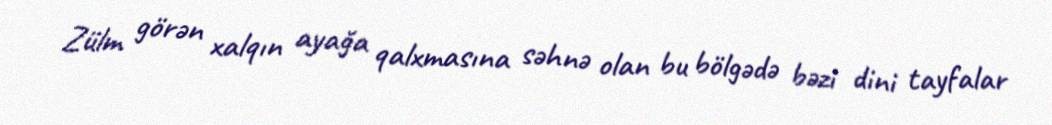
Zülm görən xalqın ayağa qalxmasına səhnə olan bu bölgədə bəzi dini tayfalar